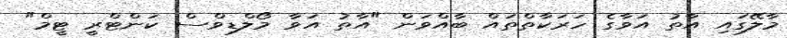
މާލޭގައި އާތު އަވާގެ ހަރަކާތްތައް ބާއްވަން "އާތު އަވާ މޯލްޑިވްސް ކަންޓްރީ ޓީމް"